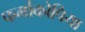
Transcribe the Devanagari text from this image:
फर्माकोपिया